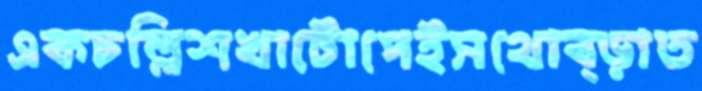
একচল্লিশখাটোপেইসথোব্‌ড়াত